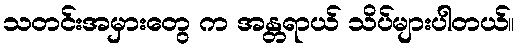
သတင်းအမှားတွေ က အန္တရာယ် သိပ်များပါတယ်။